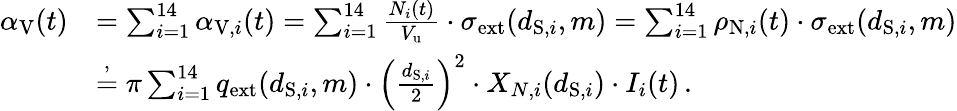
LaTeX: \begin{array}{rl}{\alpha_{\mathrm{V}}(t)}&{=\sum_{i=1}^{14}\alpha_{\mathrm{V},i}(t)=\sum_{i=1}^{14}\frac{N_{i}(t)}{V_{\mathrm{u}}}\cdot\sigma_{\mathrm{ext}}(d_{\mathrm{S},i},m)=\sum_{i=1}^{14}\rho_{\mathrm{N},i}(t)\cdot\sigma_{\mathrm{ext}}(d_{\mathrm{S},i},m)}\\ &{\stackrel{,}{=}\pi\sum_{i=1}^{14}q_{\mathrm{ext}}(d_{\mathrm{S},i},m)\cdot\left(\frac{d_{\mathrm{S},i}}{2}\right)^{2}\cdot X_{N,i}(d_{\mathrm{S},i})\cdot I_{i}(t)\, .}\end{array}